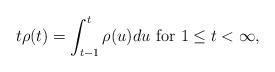
LaTeX: \begin{align*}t\rho(t) = \int_{t-1}^t \rho(u) du \mbox{ for } 1 \le t <\infty,\end{align*}